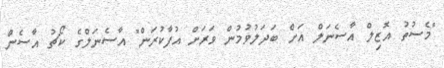
"މެސުތު އޮޒިލް އާސެނަލް އަށް ބަދަލުވުމުން ވަރަށް އުފާކުރަން" އާސެނަލްގެ ކޯޗު އާސެން